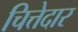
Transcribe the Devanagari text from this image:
चित्तेदार